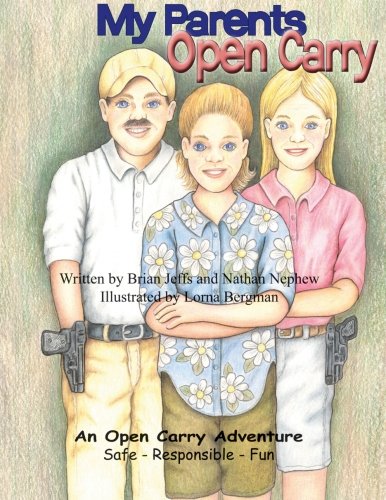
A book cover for My Parents Open Carry; Brian Jeffs; Children's Books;